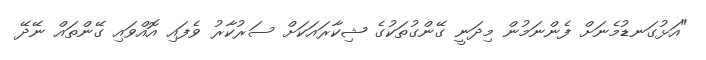
"އަޅުގަނޑުމެނަށް ފެންނަމުން މިދަނީ ގޭންގުތަކުގެ ޝިކާރައަކަށް ސަރުކާރު ވެފައި އޮއްވައި ގޭންތައް ނޭދޭ